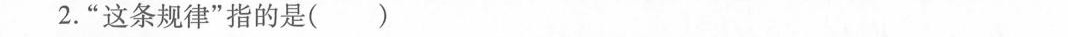
2.”这条规律”指的是( )